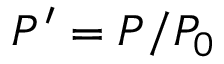
P ^ { \prime } = P / P _ { 0 }